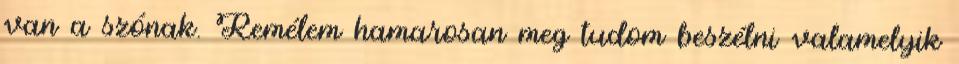
van a szónak. Remélem hamarosan meg tudom beszélni valamelyik